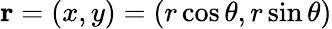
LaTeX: {\mathbf r}=(x,y)=(r\cos\theta,r\sin\theta)